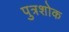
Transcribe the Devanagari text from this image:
पुत्रशोक